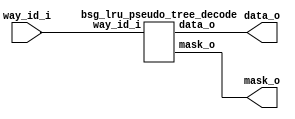


module top
(
  way_id_i,
  data_o,
  mask_o
);

  input [3:0] way_id_i;
  output [14:0] data_o;
  output [14:0] mask_o;

  bsg_lru_pseudo_tree_decode
  wrapper
  (
    .way_id_i(way_id_i),
    .data_o(data_o),
    .mask_o(mask_o)
  );


endmodule



module bsg_lru_pseudo_tree_decode
(
  way_id_i,
  data_o,
  mask_o
);

  input [3:0] way_id_i;
  output [14:0] data_o;
  output [14:0] mask_o;
  wire [14:0] data_o,mask_o;
  wire N0,N1,N2,N3;
  assign mask_o[0] = 1'b1;
  assign data_o[0] = 1'b1 & N0;
  assign N0 = ~way_id_i[3];
  assign mask_o[1] = 1'b1 & N0;
  assign data_o[1] = mask_o[1] & N1;
  assign N1 = ~way_id_i[2];
  assign mask_o[2] = 1'b1 & way_id_i[3];
  assign data_o[2] = mask_o[2] & N1;
  assign mask_o[3] = mask_o[1] & N1;
  assign data_o[3] = mask_o[3] & N2;
  assign N2 = ~way_id_i[1];
  assign mask_o[4] = mask_o[1] & way_id_i[2];
  assign data_o[4] = mask_o[4] & N2;
  assign mask_o[5] = mask_o[2] & N1;
  assign data_o[5] = mask_o[5] & N2;
  assign mask_o[6] = mask_o[2] & way_id_i[2];
  assign data_o[6] = mask_o[6] & N2;
  assign mask_o[7] = mask_o[3] & N2;
  assign data_o[7] = mask_o[7] & N3;
  assign N3 = ~way_id_i[0];
  assign mask_o[8] = mask_o[3] & way_id_i[1];
  assign data_o[8] = mask_o[8] & N3;
  assign mask_o[9] = mask_o[4] & N2;
  assign data_o[9] = mask_o[9] & N3;
  assign mask_o[10] = mask_o[4] & way_id_i[1];
  assign data_o[10] = mask_o[10] & N3;
  assign mask_o[11] = mask_o[5] & N2;
  assign data_o[11] = mask_o[11] & N3;
  assign mask_o[12] = mask_o[5] & way_id_i[1];
  assign data_o[12] = mask_o[12] & N3;
  assign mask_o[13] = mask_o[6] & N2;
  assign data_o[13] = mask_o[13] & N3;
  assign mask_o[14] = mask_o[6] & way_id_i[1];
  assign data_o[14] = mask_o[14] & N3;

endmodule